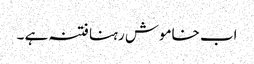
اب خاموش رہنا فتنہ ہے ۔